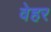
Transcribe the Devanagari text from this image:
वेहर